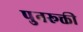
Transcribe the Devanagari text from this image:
पुनरूक्ती